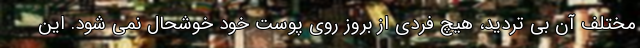
مختلف آن بی تردید، هیچ فردی از بروز روی پوست خود خوشحال نمی شود. این